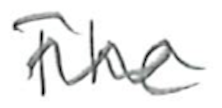
Text: The
Cross-out: wave
Writing tool: pencil